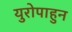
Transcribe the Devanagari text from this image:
युरोपाहुन